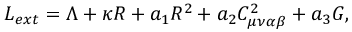
L _ { e x t } = \Lambda + \kappa R + a _ { 1 } R ^ { 2 } + a _ { 2 } C _ { \mu \nu \alpha \beta } ^ { 2 } + a _ { 3 } G ,